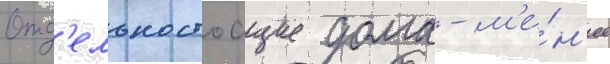
Отд'ельностоащие дома - м'е́н'ее